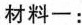
材料一：